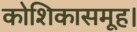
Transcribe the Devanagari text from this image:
कोशिकासमूह।